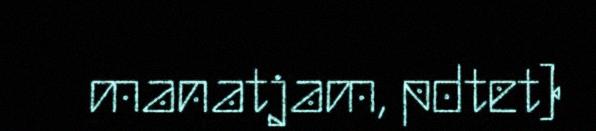
manatjam, pdtet)